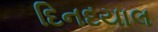
દિનદયાલ